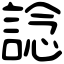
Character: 諗